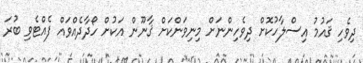
ދިވެހި ޤައުމު އިސްލާހުކޮށް ދިވެހިންނަށް މިނިވަންކަށް ޤާނޫން އަކުށް ހޯދާދެއްވައް ފެއްޓެވި ބުރަ